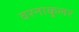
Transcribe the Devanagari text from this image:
वरनाकुलर